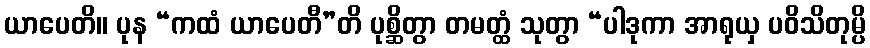
ယာပေတိ။ ပုန “ကထံ ယာပေတီ”တိ ပုစ္ဆိတွာ တမတ္ထံ သုတွာ “ပါဒုကာ အာရုယှ ပဝိသိတုမ္ပိ